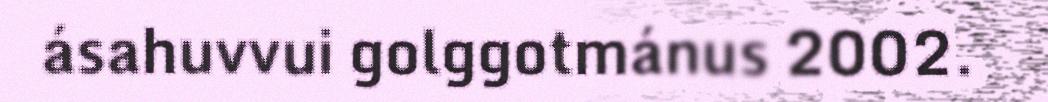
ásahuvvui golggotmánus 2002.